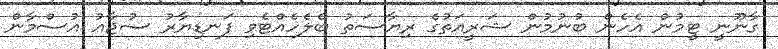
ގާނޫނީ ޓީމުން އެހެން ބުނުމުން ޝަރީއަތުގެ ރިޔާސަތު ބެލެހެއްޓެވި ފަނޑިޔާރު ސުޖާއު އުސްމާން